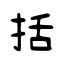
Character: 括